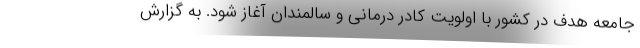
جامعه هدف در کشور با اولویت کادر درمانی و سالمندان آغاز شود. به گزارش